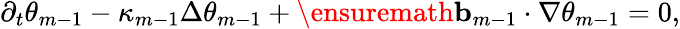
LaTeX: \partial_{t}\theta_{m-1}-\kappa_{m-1}\Delta\theta_{m-1}+\ensuremath{\mathbf{b}}_{m-1}\cdot\nabla\theta_{m-1}=0,